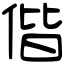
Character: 偕